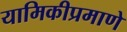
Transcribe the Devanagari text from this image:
यामिकीप्रमाणे